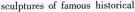
sculptures of famous historical